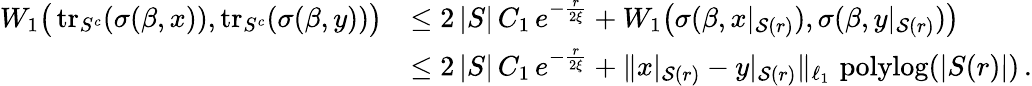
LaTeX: \begin{array}{rl}{W_{1}\big(\operatorname{tr}_{S^{c}}(\sigma(\beta,x)),\operatorname{tr}_{S^{c}}(\sigma(\beta,y))\big)}&{\le 2\, |S|\, C_{1}\, e^{-\frac{r}{2\xi}}+W_{1}\big(\sigma(\beta,x|_{\mathcal{S}(r)}),\sigma(\beta,y|_{\mathcal{S}(r)})\big)}\\ &{\le 2\, |S|\, C_{1}\, e^{-\frac{r}{2\xi}}+\| x|_{\mathcal{S}(r)}-y|_{\mathcal{S}(r)}\| _{\ell_{1}}\, \operatorname{polylog}(|S(r)|)\, .}\end{array}